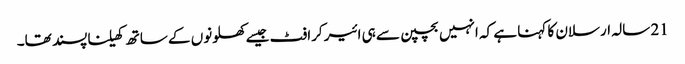
21 سالہ ارسلان کا کہنا ہے کہ انہیں بچپن سے ہی ائیر کرافٹ جیسے کھلونوں کے ساتھ کھیلنا پسند تھا۔